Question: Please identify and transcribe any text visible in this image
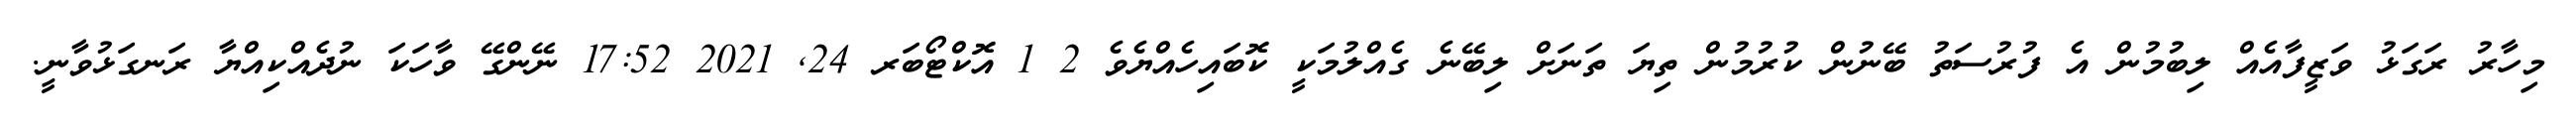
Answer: މިހާރު ރަގަޅު ވަޒީފާއެއް ލިބުމުން އެ ފުރުސަތު ބޭނުން ކުރުމުން ތިޔަ ތަނަށް ލިބޭނެ ގެއްލުމަކީ ކޮބައިހެއްޔެވެ 2 1 އޮކްޓޯބަރ 24, 2021 17:52 ނޭންގޭ ވާހަކަ ނުދެއްކިއްޔާ ރަނގަޅުވާނީ.